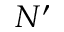
N ^ { \prime }